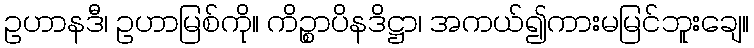
ဥဟာနဒီ၊ ဥဟာမြစ်ကို။ ကိဉ္စာပိနဒိဋ္ဌာ၊ အကယ်၍ကားမမြင်ဘူးချေ။